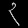
Digit: ၃